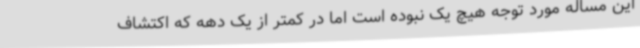
این مساله مورد توجه هیچ یک نبوده است اما در کمتر از یک دهه که اکتشاف